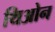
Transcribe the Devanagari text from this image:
थिओन